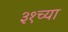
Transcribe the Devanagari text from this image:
३१च्या